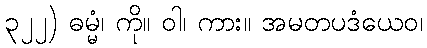
၃၂၂) ဓမ္မံ၊ ကို။ ဝါ၊ ကား။ အမတပဒံယေဝ၊